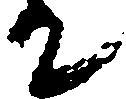
て